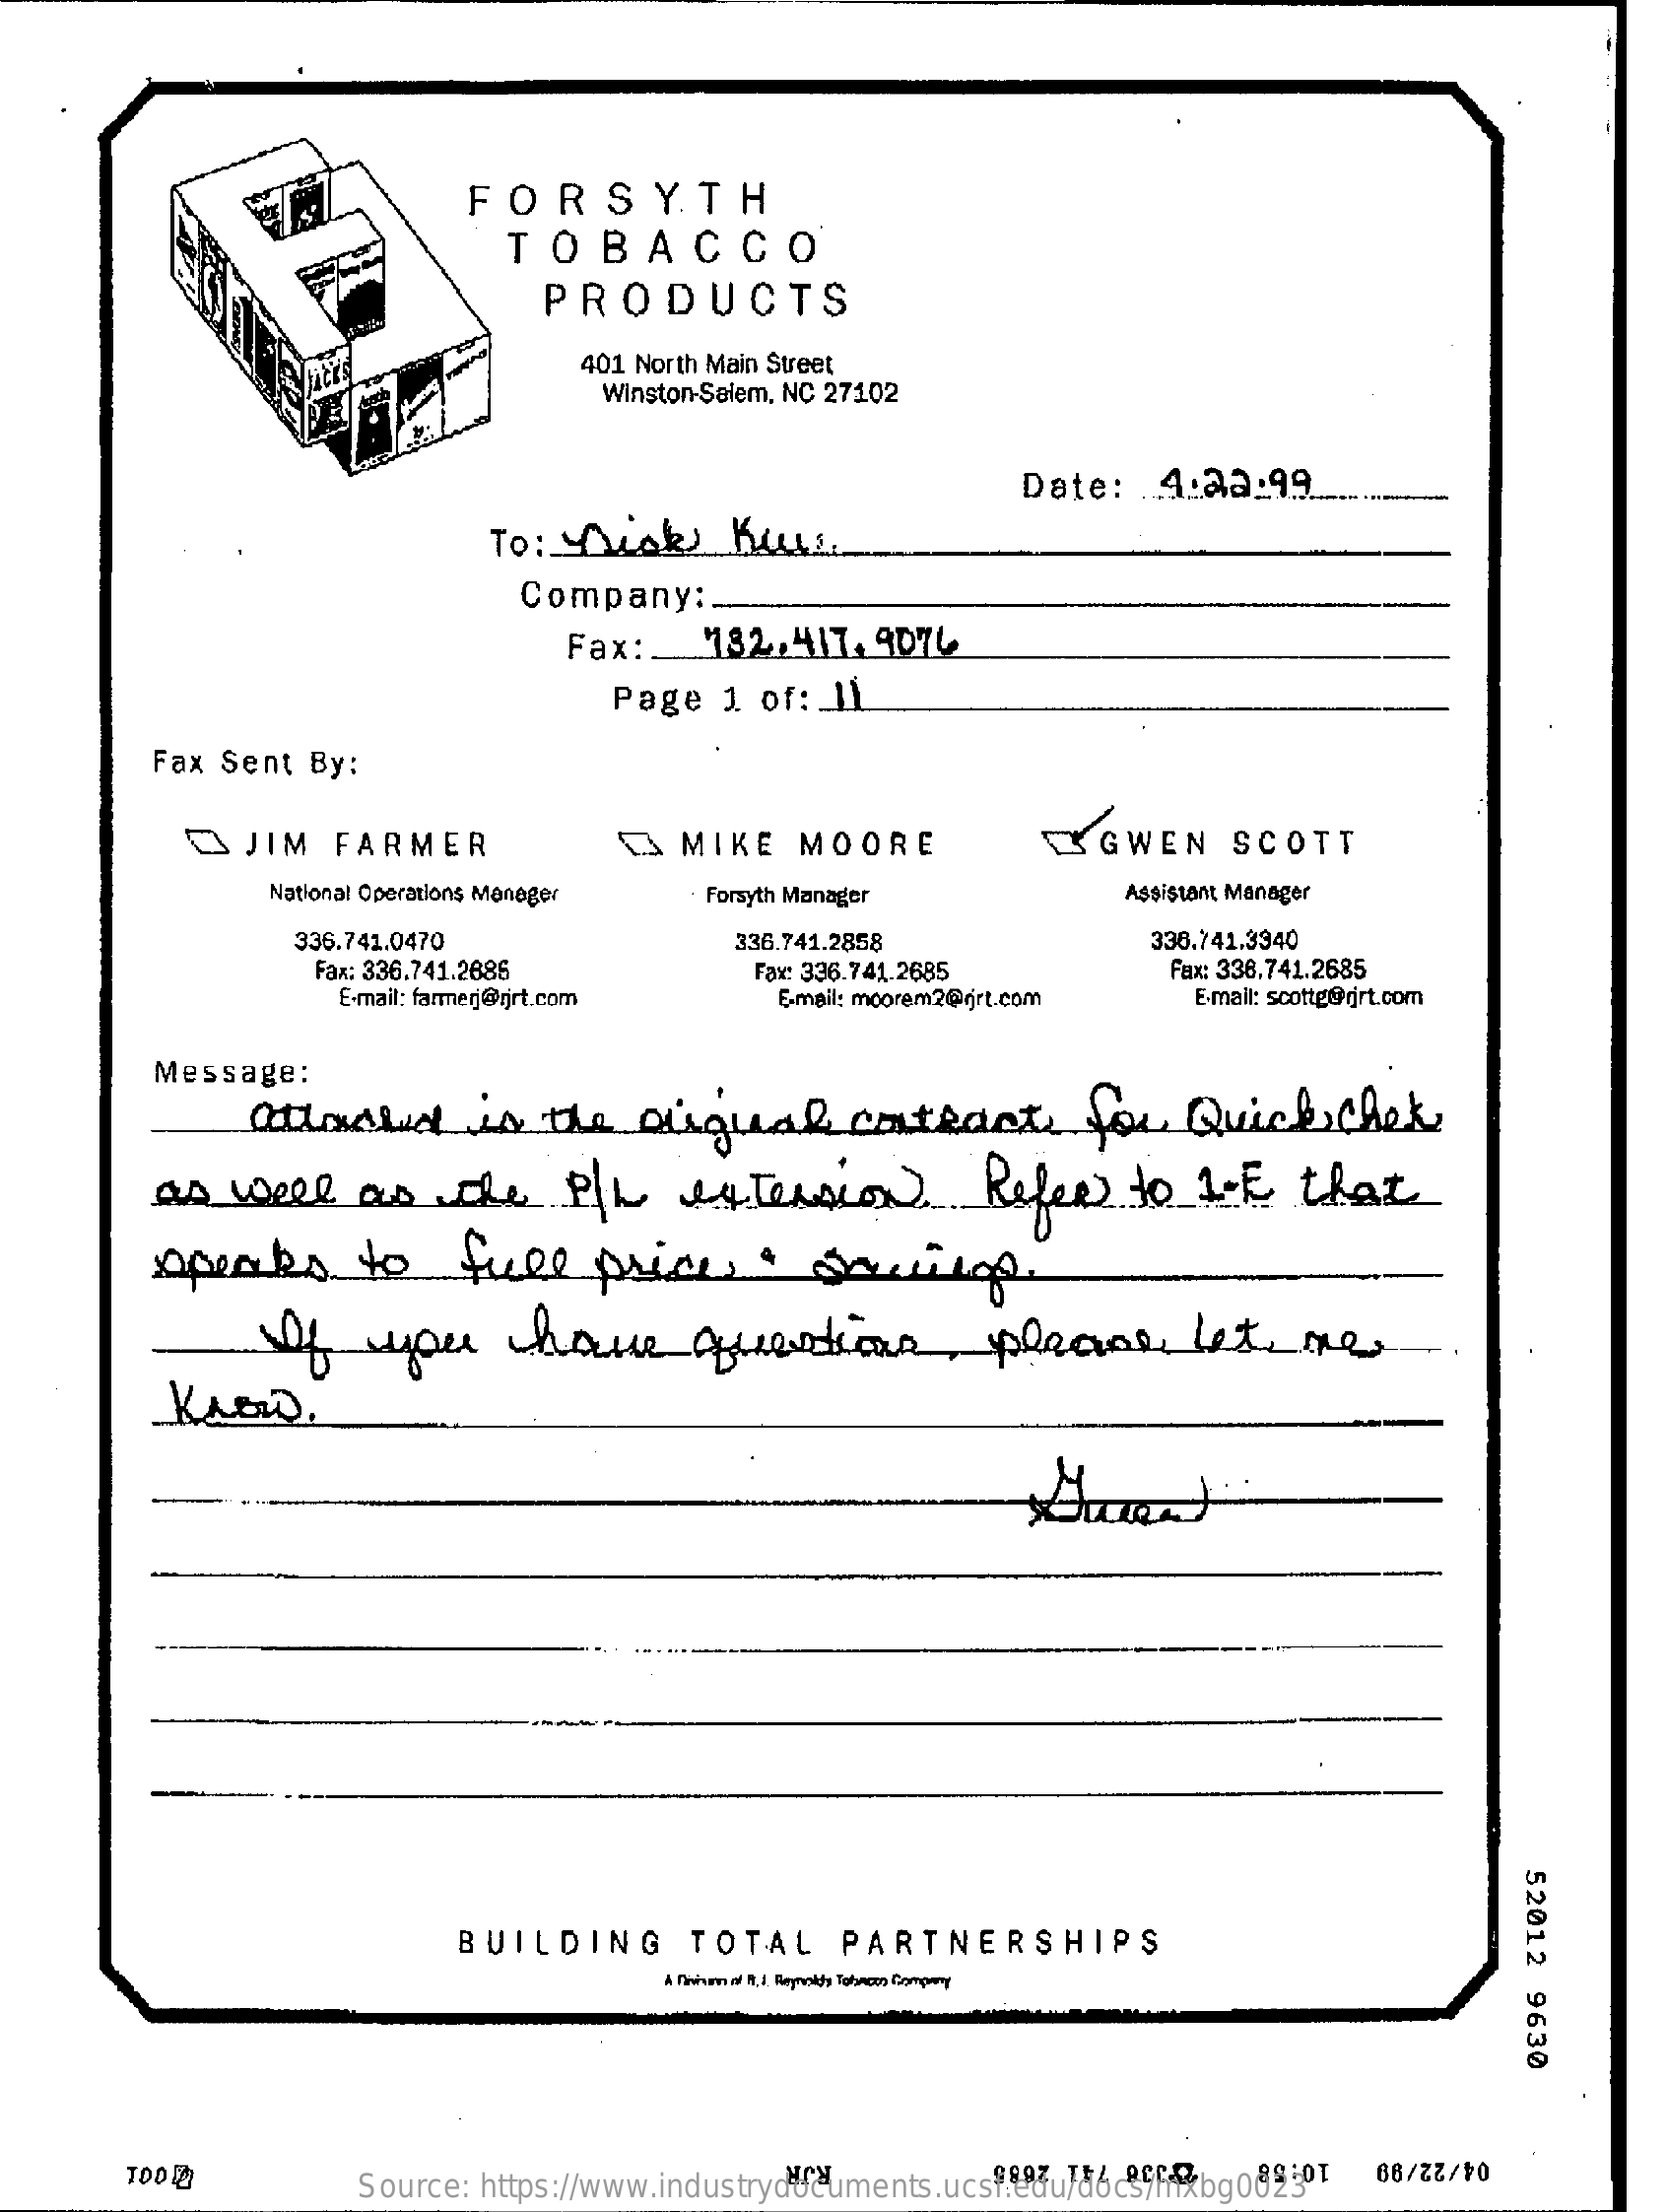
FORSYTH
     TOBACCO
     PRODUCTS
     401 North Main Street
     Winston-Salem, NC 27102
     Date:   4:28:99
     To: Nicks    Kurs
     Company    :.
     Fax:    132.417.   9074
     Page  1  of: 1I
     Fax Sent By:
     JIM  FARMER    MIKE   MOORE    GWEN    SCOTT
     National Operations Manager Forsyth Manager    Assistant Manager
     336.741.0470    336.741.2858    336.741.3340
     Fax: 336.741.2686    Fax: 336.741.2685    Fax: 338.741.2685
     E-mail: farmerj@rjrt.com   E-mail: moorem2@rrt.com   E-mail: scottg@rrt.com
     Message:
     attached    is  the   Disqual    contract    for   Quick,   chek.
     As  Well    as    the    PL    extension).    Refer    to   LE    that
     speaks    to    full    price    .   santos.
     If    you    have    questions,    please    let    me
     52012
     9630
     BUILDING    TOTAL    PARTNERSHIPS
     100 0    Source: https://www.industrydocuments.ucsf.edu/docs/mxbg0023
     RJR    2338 741 2685 10:58 04/22/99